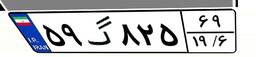
۵۹گ۸۲۵۶۹